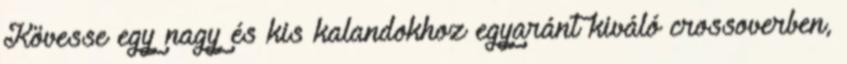
Kövesse egy nagy és kis kalandokhoz egyaránt kiváló crossoverben,